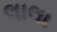
લાલા